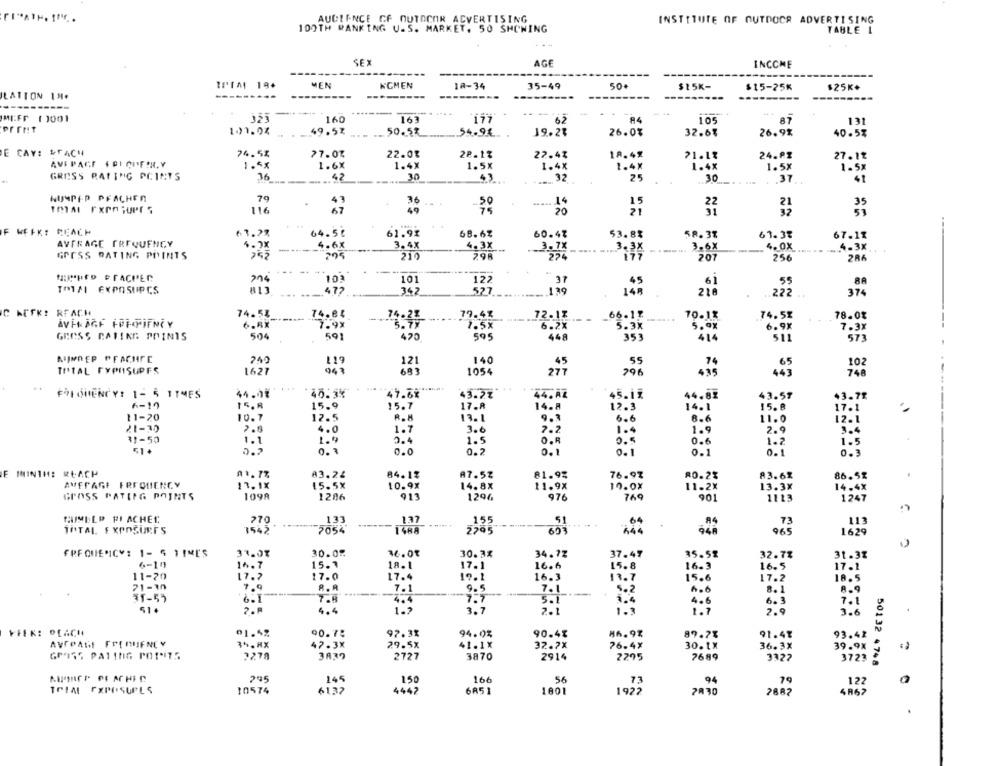
AUDIENCE CF OUTDOOR ADVERTISING
INSTITUTE OF OUTDOCR ADVERTISING
100TH RANKING U.S. MARKET. 50 SHOWING
TABLE 1
SEX
AGE
INCOME
IPIA 19+
MEN
KOMEN
IA-34
35-49
50+
$15K-
$15-25K
$25K+
ILATION IN.
--
-
MEFF ( 1001
160
163
62
94
105
`87
131
print
1.11.04
49.53
50.5%
54.94.
19.2%
26.0%
32.6%
26.9%
40.5%
E CAY: STACH
74.5%
77.04
22.0%
22.1%
18.49
22.4%
21.1%
24.º2
27.12
AVE PAGE FOI CIF!H. Y
1.5x
1.6X
1.4X
1.5X
1.4X
1.4X
1.4x
1.5x
1.5x
GRESS RATING PCINTS
36
30
43
25
32
30
.37
41
HUMPER PFACHEN
79
15
22
116
49
20
F WEEK: REACH
61.2%
64.5℃
61.92
68.67
60-47
53.8%
58.3%
61.37
67.1%
AVERAGE FREQUENCY
4.6X
3.6X
4.0X
. . XX
-
3.4X
4.3X
3.78
3,3X
.. 4.3K.
GROSS DATING POINTS
205
210
207
256
286
103
101
122
37
45
61
55
TOTAL EXPOSUPCS
472
342
527
148
216
222
374
19
C AUFK: REACH
74.51
74.86
66.1?
70.1%
74.52
78.0%
14.23
AVH AGF FPHPIFNCY
6.4X
7.9%
6.2%
5.3k
5.9x
6.9X
7.3x
GROSS CATING POINTS
504
591
420
595
448
353
414
511
573
MIJNREP PEACHFE
249
119
140
55
121
74
65
102
TOTAL TYPHISUPES
1627
683
796
4.35
443
748
FREQUENCY! 1- 5 TIMES
44.07
45.3%
47.67
43.2%
44.AZ
45.15
44.85
43.57
6-19
15.8
15.9
15.7
17.8
14.8
15. 8
17.1
12 .3
14.1
11-20
10. 7
12.5
13.1
9.3
6.6
8.6
11.0
21-30
4.0
1.7
3.6
7.2
1.9
2.9
3.4
1.4
31-50
1.1
1 .
2.4
1.5
0.6
1.2
1.5
51 .
0.7
0.
0.0
0.2
0.1
0.1
0.1
E MINIM: REACH
11. 77
83.24
84.12
A7.52
81.93
76.92
80.21
83.62
86. 52
AVERAGE FREQUENCY
11.18
10.91
14.8X
11.9X
19 . 0x
11.2%
13.3x
14.4X
GROSS PATING POINTS
1098
1286
913
1296
976
769
901
1113
1247
TUIMELP PIACHEL
270
133
137
51
2203
TOTAL EXPOSURES
1542
1488
965
162
31.01
30.0
FREQUENCY: 1- 5 11M[
36.01
30.3%
34.72
37.47
35.58
32.78
31.38
6-10
14.7
15.3
18.1
16.6
15.8
16.3
17.1
11-20
17. 7
17.0
17.4
19.1
16.3
13.7
15.6
17.2
18.5
21-30
7. 9
R .R
7.1
9.5
7.1
5.2
31-57
7.7
6.1
5.1
514
3.7
2.1
3 .
FFEK: PEACH
01.42
90.75
97.31
94.0%
90.4%
86.9%
89.7%
91.48
93.41
34.WX
47 .38
29.5x
41.1X
32.7X
76.4%
30. 1X
36.3X
39.9%
GRISS PAYING POINTS
2278
3832
2727
3870
2914
2295
7689
3327
3723
50132 4748
245
145
150
166
56
73
94
ICIA EXPOSUPLS
10574
4442
122
61.37
6851
1801
1927
7830
2882